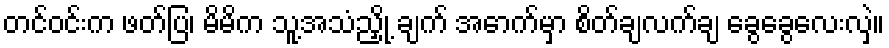
တင်ဝင်းက ဖတ်ပြ၊ မိမိက သူ့အသံညှို့ ချက် အောက်မှာ စိတ်ချလက်ချ ခွေခွေလေးလှဲ။